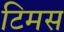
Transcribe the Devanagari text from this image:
टिमस